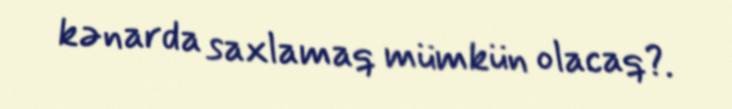
kənarda saxlamaq mümkün olacaq?.